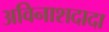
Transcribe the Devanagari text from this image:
अविनाशदादा